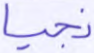
نجيا